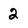
Character: 2